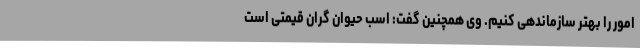
امور را بهتر سازماندهی کنیم. وی همچنین گفت: اسب حیوان گران قیمتی است